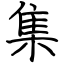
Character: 集